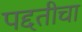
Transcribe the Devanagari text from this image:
पद्दतीचा